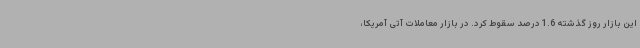
این بازار روز گذشته 1.6 درصد سقوط کرد. در بازار معاملات آتی آمریکا،